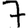
Digit: 7